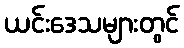
ယင်းဒေသများတွင်